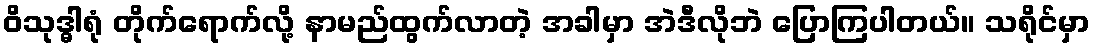
ဝိသုဒ္ဓါရုံ တိုက်ရောက်လို့ နာမည်ထွက်လာတဲ့ အခါမှာ အဲဒီလိုဘဲ ပြောကြပါတယ်။ သရိုင်မှာ